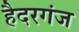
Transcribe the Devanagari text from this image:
हैदरगंज